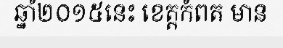
ឆ្នាំ២០១៥នេះ ខេត្តកំពត មាន